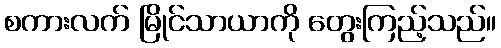
စကားလက် မြိုင်သာယာကို တွေးကြည့်သည်။